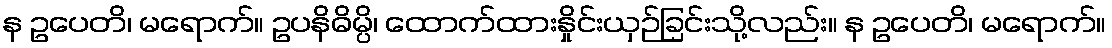
န ဥပေတိ၊ မရောက်။ ဥပနိဓိမ္ပိ၊ ထောက်ထားနှိုင်းယှဉ်ခြင်းသို့လည်း။ န ဥပေတိ၊ မရောက်။